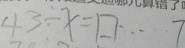
4 3 \div x = \square \cdots 7